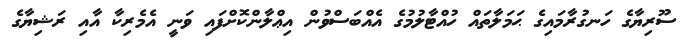
ސޫރިޔާގެ ހަނގުރާމައިގެ ޙަމަލާތައް ހުއްޓާލުމުގެ އެއްބަސްވުން އިޢްލާންކޮށްފައި ވަނީ އެމެރިކާ އާއި ރަޝިޔާގެ